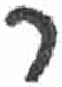
אות: ר